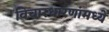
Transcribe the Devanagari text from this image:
विचारधारणांमध्ये